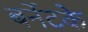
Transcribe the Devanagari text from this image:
बर्नेटके